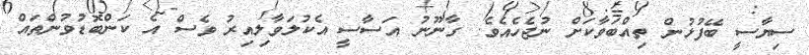
ސިޔާސީ ބޭފުޅުން ތިއްބަވާކަށް ނުޖެހެއެވެ. ގާނޫނު އަސާސީ އެކުލަވާލިއިރު ވެސް އެ ކަންބޮޑުވުންތައް